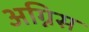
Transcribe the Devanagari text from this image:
अग्निस